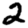
Digit: 2